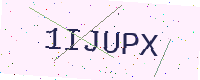
Text: 1IJUPX